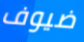
ضيوف